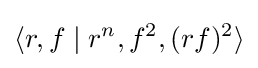
\langle r,f\mid r^{n},f^{2},(rf)^{2}\rangle